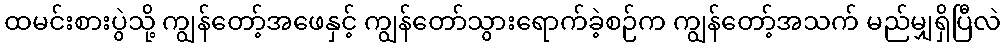
ထမင်းစားပွဲသို့ ကျွန်တော့်အဖေနှင့် ကျွန်တော်သွားရောက်ခဲ့စဉ်က ကျွန်တော့်အသက် မည်မျှရှိပြီလဲ